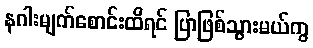
နဂါးမျက်စောင်းထိရင် ပြာဖြစ်သွားမယ်ကွ